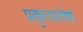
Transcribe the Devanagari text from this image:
प्रकृत्यातेषां